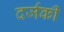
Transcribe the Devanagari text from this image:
दर्जकी